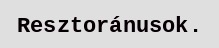
Resztoránusok.